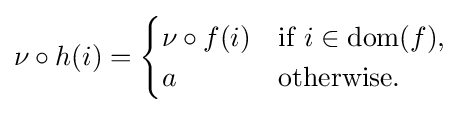
\nu \circ h(i)={\begin{cases}\nu \circ f(i)&{\mbox{if}}~i\in \operatorname {dom} (f),\\a&{\mbox{otherwise}}.\end{cases}}